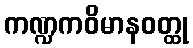
ကဏ္ဍကဝိမာနဝတ္ထု